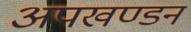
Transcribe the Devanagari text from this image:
अपखण्डन